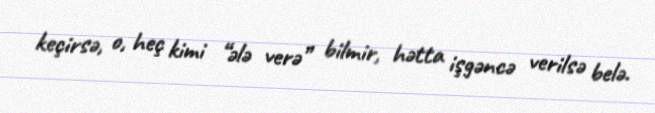
keçirsə, o, heç kimi “ələ verə” bilmir, hətta işgəncə verilsə belə.